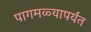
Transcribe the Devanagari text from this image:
पागमळ्यापर्यंत